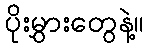
ပိုးမွှားတွေနဲ့။